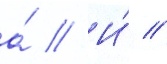
а́ // И́ //